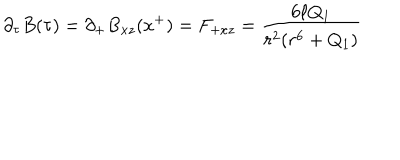
LaTeX: \partial _ { \tau } B ( \tau ) = \partial _ { + } B _ { x z } ( x ^ { + } ) = F _ { + x z } = { \frac { 6 \ell Q _ { 1 } } { r ^ { 2 } ( r ^ { 6 } + Q _ { 1 } ) } }